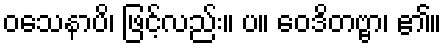
ဝသေနာပိ၊ ဖြင့်လည်း။ ပ။ ဝေဒိတဗ္ဗာ၊ ၏။